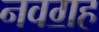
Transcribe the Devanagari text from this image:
नवॻह